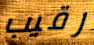
رقيب